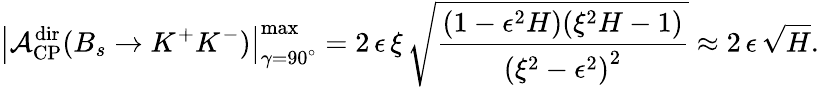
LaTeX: \left|{\cal A}_{\mathrm{CP}}^{\mathrm{dir}}(B_{s}\to K^{+}K^{-})\right|_{\gamma=90^{\circ}}^{\mathrm{max}}=2\, \epsilon\, \xi\, \sqrt{\frac{(1-\epsilon^{2}H)(\xi^{2}H-1)}{\left(\xi^{2}-\epsilon^{2}\right)^{2}}}\approx 2\, \epsilon\, \sqrt{H}.